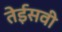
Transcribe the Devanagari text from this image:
तेईसवी